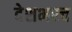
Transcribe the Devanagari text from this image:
देशभरच